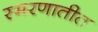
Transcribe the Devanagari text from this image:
स्मरणातीत